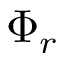
\Phi _ { r }